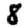
Digit: 8